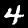
Label: 4